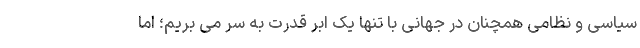
سیاسی و نظامی همچنان در جهانی با تنها یک ابر قدرت به سر می بریم؛ اما